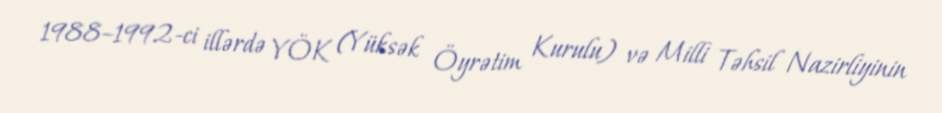
1988–1992-ci illərdə YÖK (Yüksək Öyrətim Kurulu) və Milli Təhsil Nazirliyinin